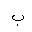
Letter: _ba